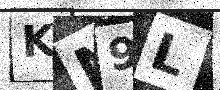
Text: KN9L